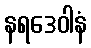
နရဒေဝါနံ